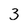
Character: 3